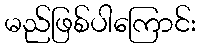
မည်ဖြစ်ပါကြောင်း